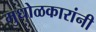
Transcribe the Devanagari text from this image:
मुधोळकारांनी